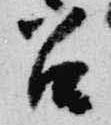
召